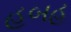
હૂબહૂ